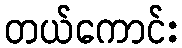
တယ်ကောင်း